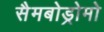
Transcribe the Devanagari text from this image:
सैमबोड्रोमो